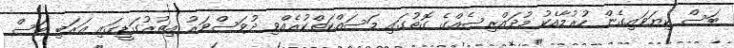
ބަސް ކިޔަވައިގެން ހުރުމާއެކު މުދައްރިސެއްގެ ގޮތުގައި މަސައްކަތްކުރެއްވި ދުވަސްވަރު އިތުރުގަޑީގައި ޢަރަބި ބަސް